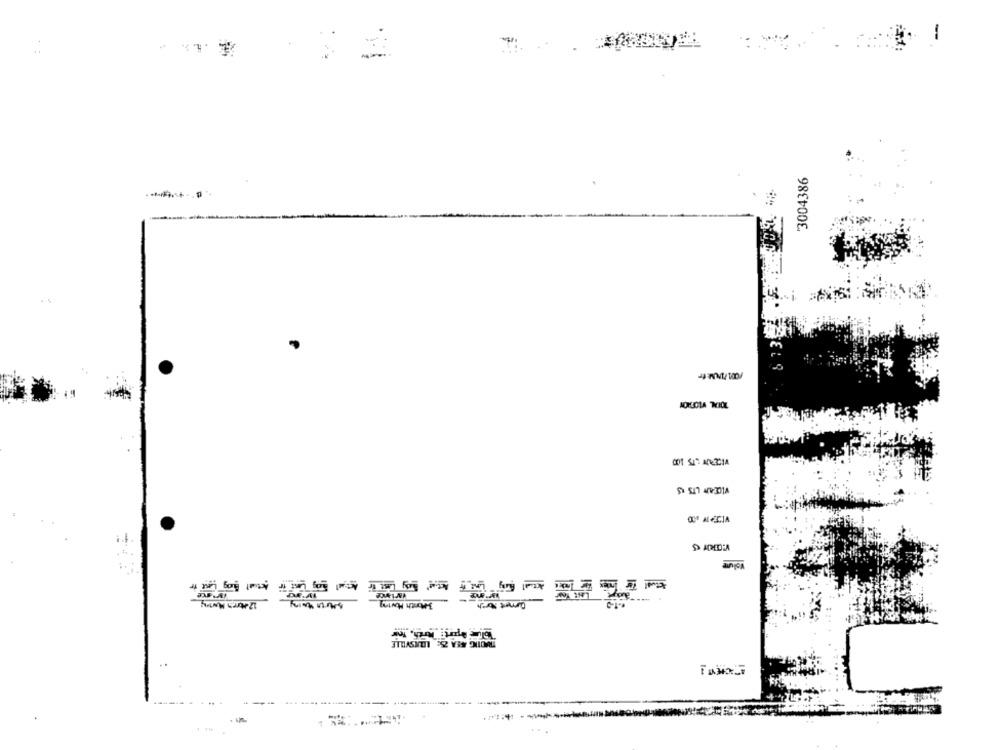
-
3004386
VICEAN LTS IS
DR.AL
Tolu Aprt: Worth. Wow
·